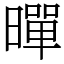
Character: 暺